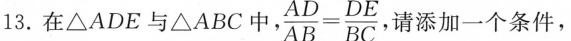
13.在△ A D E 与 △ A B C 中 ， $$\frac { A D } { A B } = \frac { D E } { B C }$$ ， 请添加一个条件，